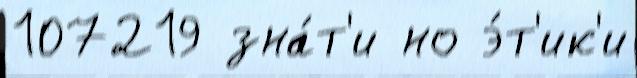
107219 зна́т'и но э́т'ик'и